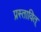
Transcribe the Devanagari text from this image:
प्रस्तावित्